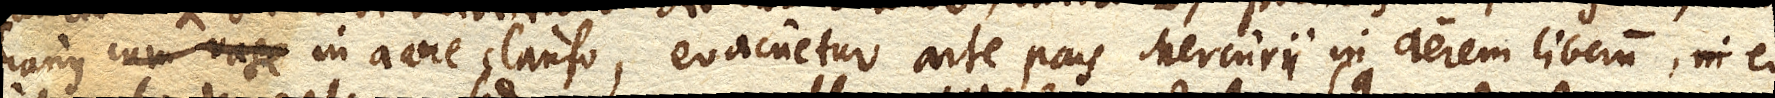
lianus cum vase in aere clauso, evacuetur arte pars Mercurii in aerem liberum, eo